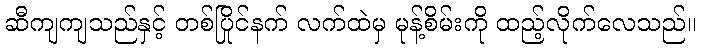
ဆီကျကျသည်နှင့် တစ်ပြိုင်နက် လက်ထဲမှ မုန့်စိမ်းကို ထည့်လိုက်လေသည်။